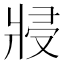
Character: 𭷆